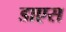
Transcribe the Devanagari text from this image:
डाएस